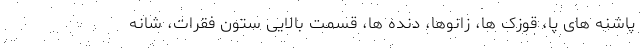
پاشنه های پا، قوزک ها، زانوها، دنده ها، قسمت بالایی ستون فقرات، شانه